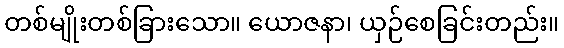
တစ်မျိုးတစ်ခြားသော။ ယောဇနာ၊ ယှဉ်စေခြင်းတည်း။